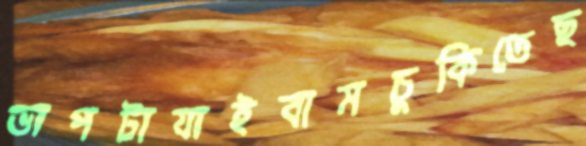
ভাপটাযাইবামচুকিতেছ